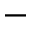
^ -